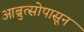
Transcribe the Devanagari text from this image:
आब्रुत्सोपासून